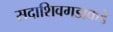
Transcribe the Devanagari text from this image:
सदाशिवगडाकडे